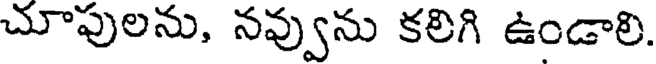
చూపులను, నవ్వును కలిగి ఉండాలి.